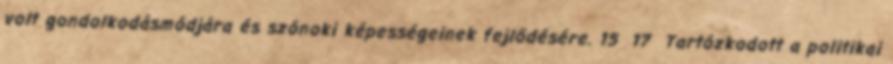
volt gondolkodásmódjára és szónoki képességeinek fejlődésére. 15 17 Tartózkodott a politikai